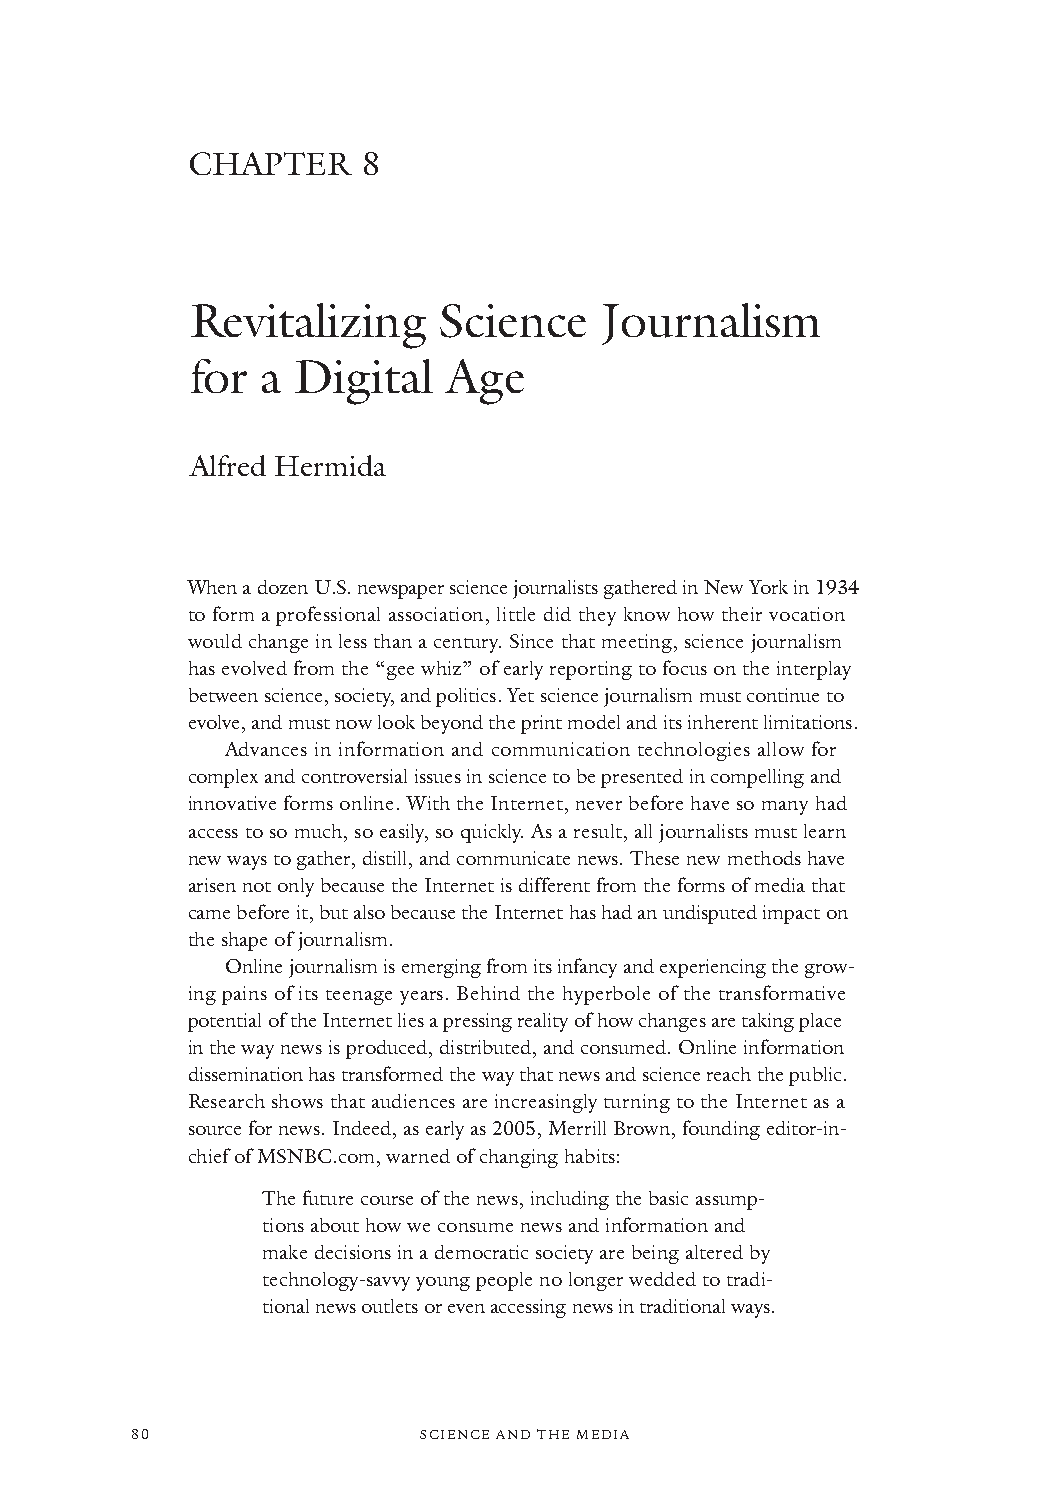
CHAPTER     8
 Revitalizing    Science    Journalism
 for a Digital    Age
 Alfred Hermida
 When a dozen U.S. newspaper science journalists gathered in New York in 1934
 to form a professional association, little did they know how their vocation
 would change in less than a century. Since that meeting, science journalism
 has evolved from the “gee whiz” of early reporting to focus on the interplay
 between science, society, and politics. Yet science journalism must continue to
 evolve, and must now look beyond the print model and its inherent limitations.
 Advances in information and communication technologies allow for
 complex and controversial issues in science to be presented in compelling and
 innovative forms online. With the Internet, never before have so many had
 access to so much, so easily, so quickly. As a result, all journalists must learn
 new ways to gather, distill, and communicate news. These new methods have
 arisen not only because the Internet is different from the forms of media that
 came before it, but also because the Internet has had an undisputed impact on
 the shape of journalism.
 Online journalism is emerging from its infancy and experiencing the grow-
 ing pains of its teenage years. Behind the hyperbole of the transformative
 potential of the Internet lies a pressing reality of how changes are taking place
 in the way news is produced, distributed, and consumed. Online information
 dissemination has transformed the way that news and science reach the public.
 Research shows that audiences are increasingly turning to the Internet as a
 source for news. Indeed, as early as 2005, Merrill Brown, founding editor-in-
 chief of MSNBC.com, warned of changing habits:
 The future course of the news, including the basic assump-
 tions about howwe consume news and information and
 make decisions in a democratic society are being altered by
 technology-savvy young people no longer wedded to tradi-
 tional news outlets or even accessing news in traditional ways.
 80                 SSCCIIEENNCCEE AANNDD TTHHEE MMEEDDIIAA